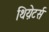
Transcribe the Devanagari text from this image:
थिय़ेटर्स